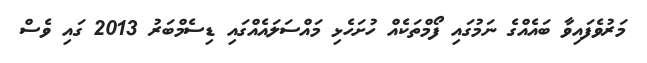
މަރުވެފައިވާ ބައެއްގެ ނަމުގައި ފޯމްތަކެއް ހުށަހެޅި މައްސަލައެއްގައި ޑިސެމްބަރު 2013 ގައި ވެސް